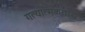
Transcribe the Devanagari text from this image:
गत्यात्मकताद्ध